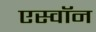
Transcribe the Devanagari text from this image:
एस्वॉन